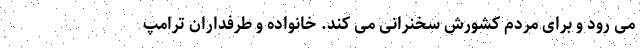
می رود و برای مردم کشورش سخنرانی می کند. خانواده و طرفداران ترامپ